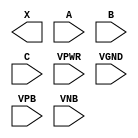
module sky130_fd_sc_hvl__and3 (
    X   ,
    A   ,
    B   ,
    C   ,
    VPWR,
    VGND,
    VPB ,
    VNB
);

    output X   ;
    input  A   ;
    input  B   ;
    input  C   ;
    input  VPWR;
    input  VGND;
    input  VPB ;
    input  VNB ;
endmodule